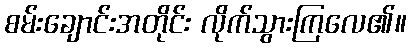
စမ်းချောင်းအတိုင်း လိုက်သွားကြလေ၏။